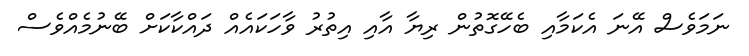
ނަމަވެސް އޭނަ އެކަމާއި ބެހޭގޮތުން ރިޔާ އާއި އިތުރު ވާހަކައެއް ދައްކާކަށް ބޭނުމެއްވެސް